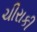
ચીરાકી